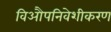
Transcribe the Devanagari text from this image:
विऔपनिवेशीकरण